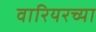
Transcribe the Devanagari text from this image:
वारियरच्या